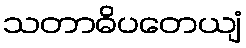
သတာဓိပတေယျံ